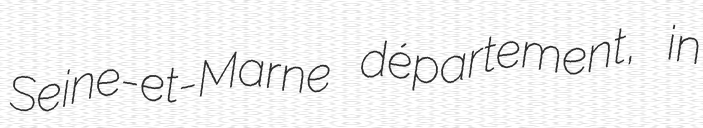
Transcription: Seine-et-Marne département, in